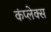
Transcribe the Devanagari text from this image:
कंप्लेक्स